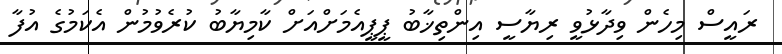
ރައީސް މިހެން ވިދާޅުވީ ރިޔާސީ އިންތިޚާބު ޕީޕީއެމަށްއަށް ކާމިޔާބު ކުރެވުމުން އެކަމުގެ އުފާ